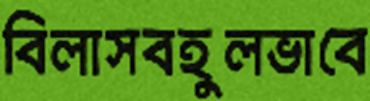
বিলাসবহুলভাবে